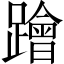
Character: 𨆝